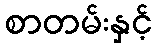
စာတမ်းနှင့်